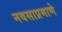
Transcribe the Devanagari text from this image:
नवसाप्रमाणे